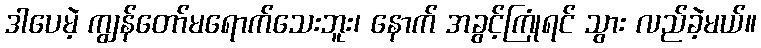
ဒါပေမဲ့ ကျွန်တော်မရောက်သေးဘူး၊ နောက် အခွင့်ကြုံရင် သွား လည်ခဲ့မယ်။